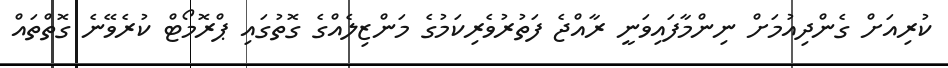
ކުރިއަށް ގެންދިއުމަށް ނިންމާފައިވަނީ ރާއްޖެ ފަތުރުވެރިކަމުގެ މަންޒިލެއްގެ ގޮތުގައި ޕްރޮމޯޓް ކުރެވޭނެ ގޮތްތައް